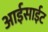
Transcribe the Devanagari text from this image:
आईसाईट